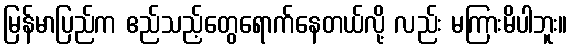
မြန်မာပြည်က ဧည်သည့်တွေရောက်နေတယ်လို့ လည်း မကြားမိပါဘူး။